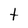
Character: t